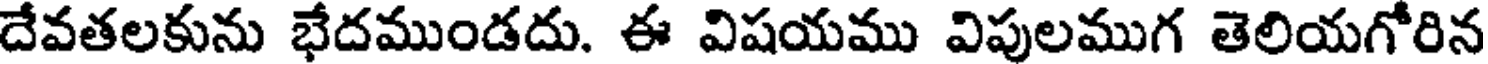
దేవతలకును భేదముండదు. ఈ విషయము విపులముగ తెలియగోరిన